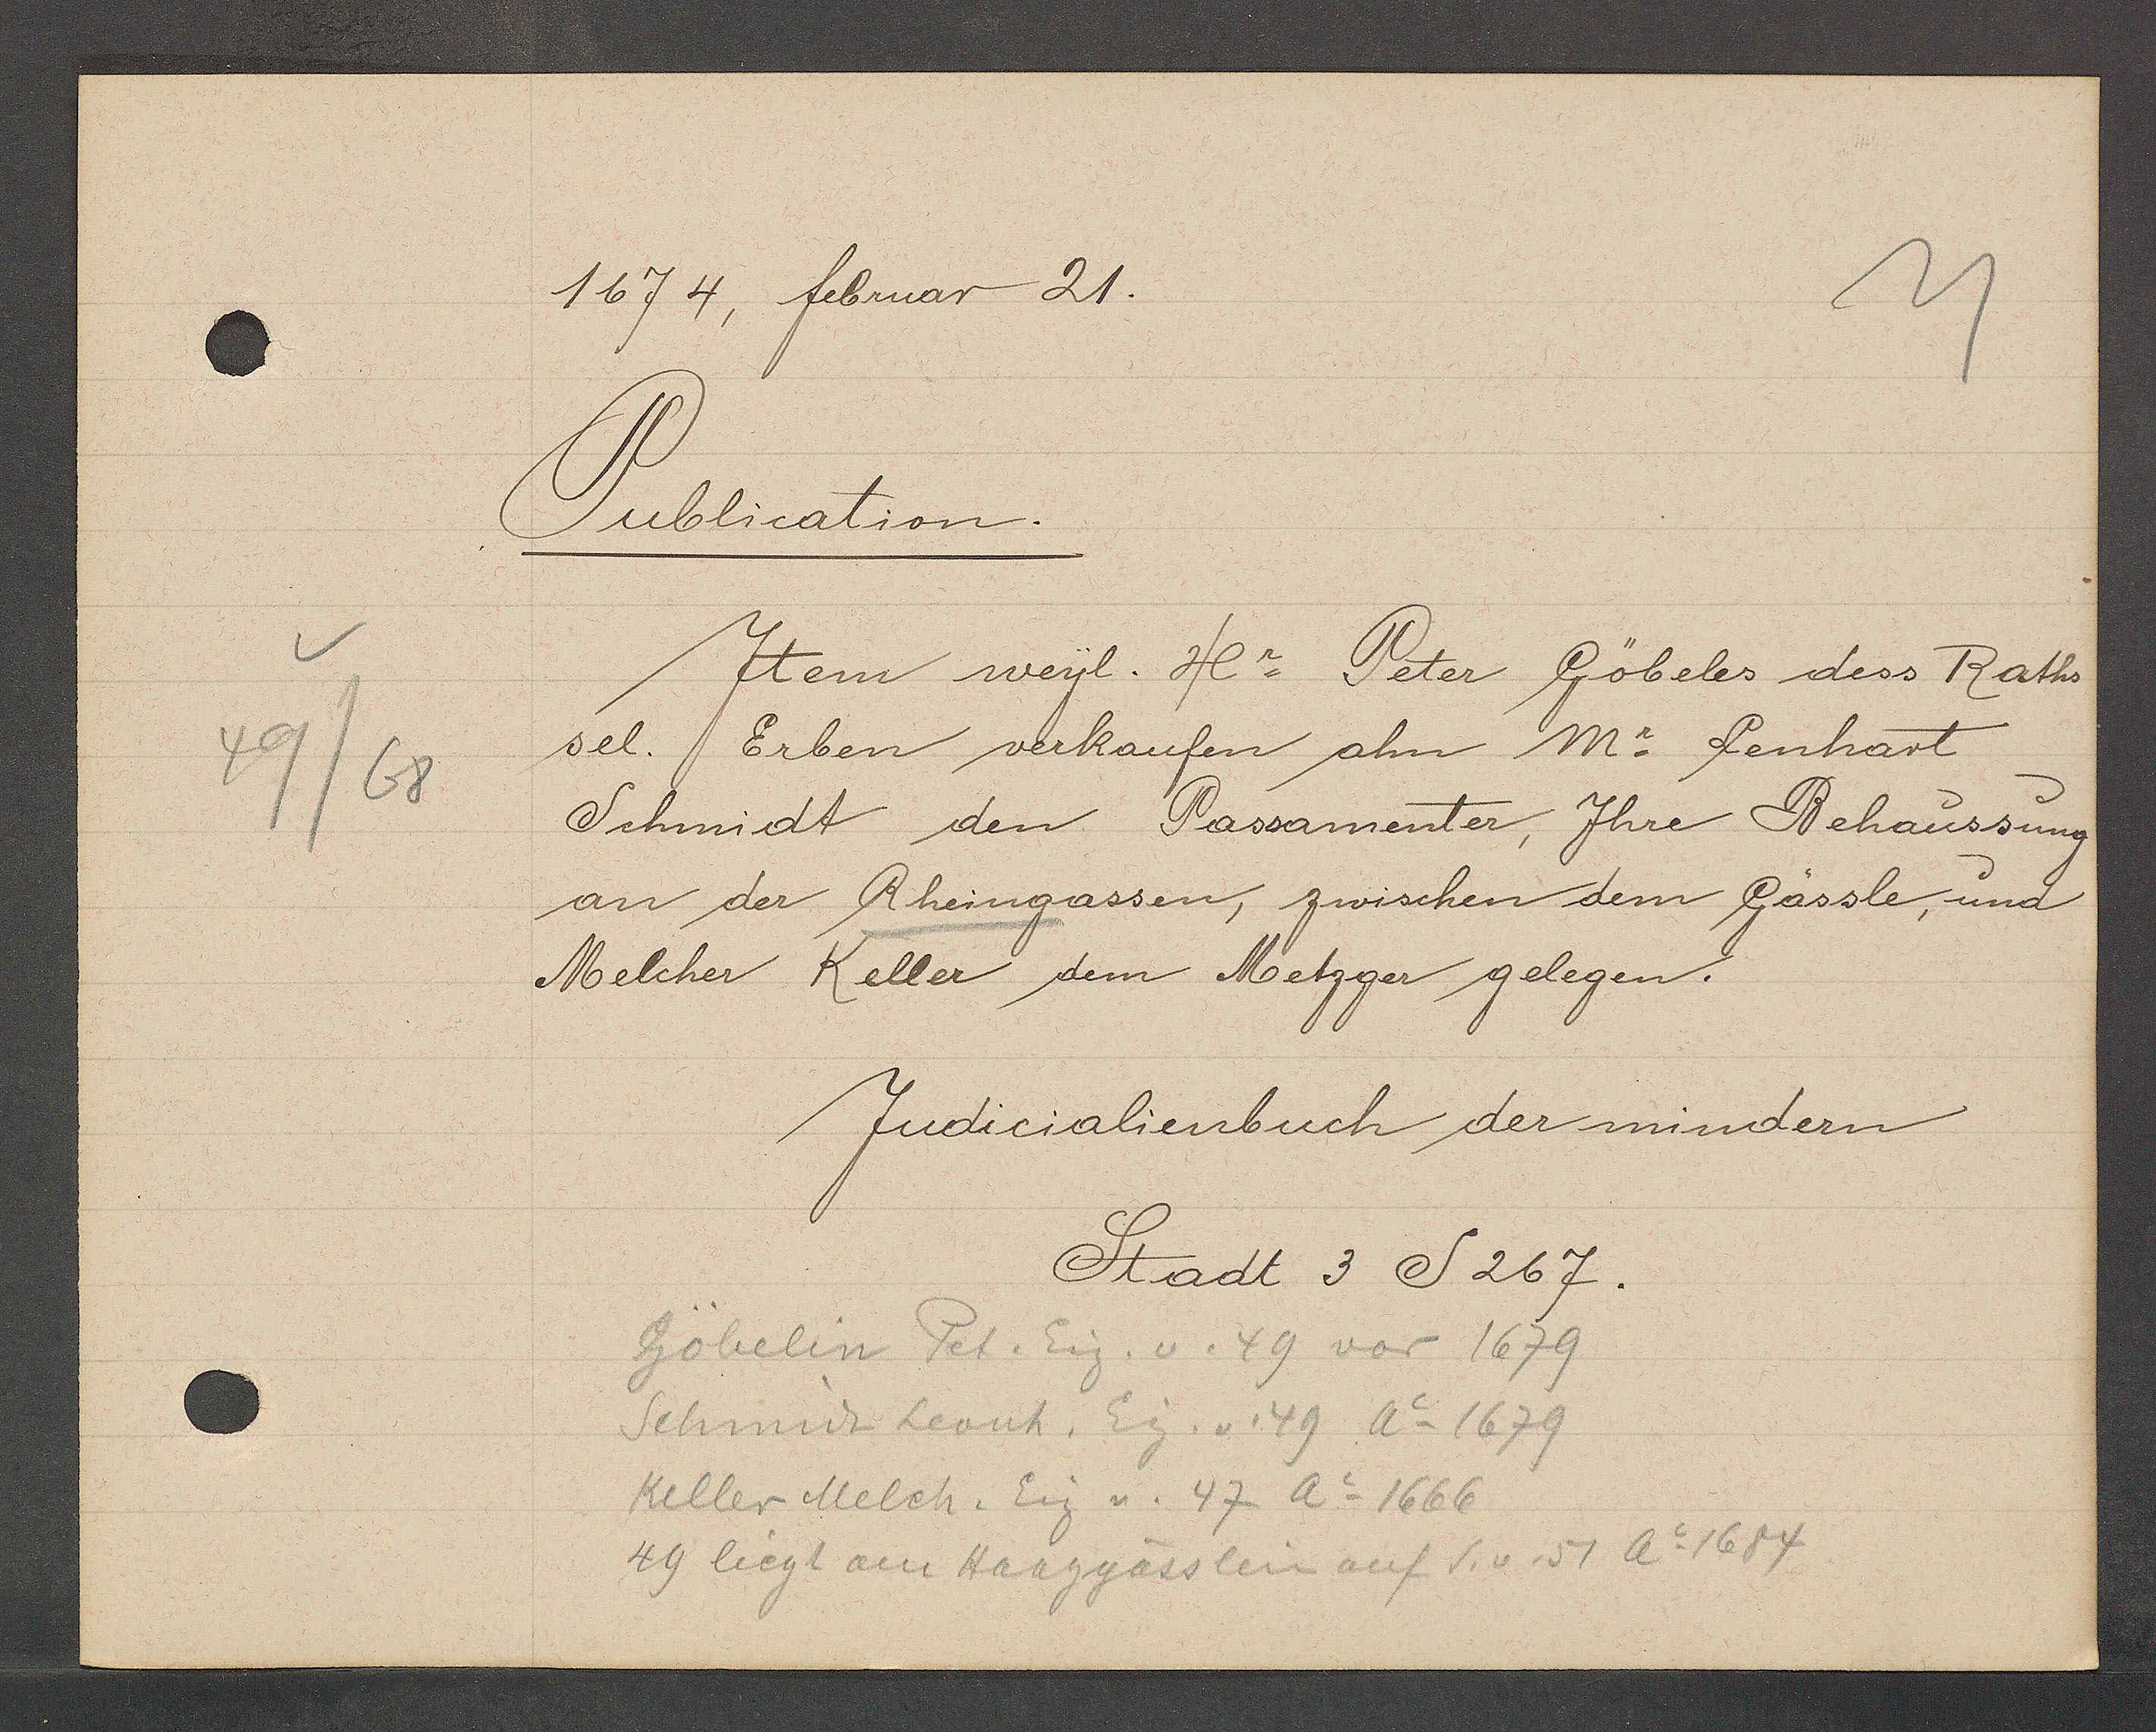
Transcript:
49/68

1674, februar 21.

Publication.
Item weyl. Hr. Peter Göbeles dess Raths
sel. Erben verkaufen ahn M. Lenhart
Schmidt den Passamenter, Ihre Behaussung
an der Rheingassen, zwischen dem Gässle, und
Melcher Keller dem Metzger gelegen.

Judicialienbuch der mindern
Stadt 3 S267.

Göbelin Pet. Eig. v. 49 vor 1679
Schmidt Leonh. Eig. v. 49 Ao 1679
Keller Melch. Eig v. 47 Ao 1666
49 liegt am Haaggässlein auf S. v. 51 Ao 1684